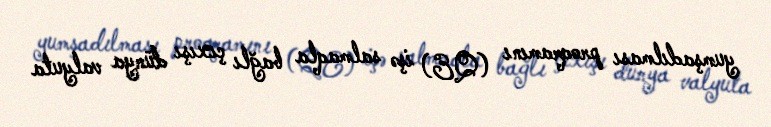
yumşadılması proqramını (QE) işə salmaqla bağlı çıxışı dünya valyuta